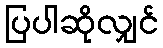
ပြပါဆိုလျှင်